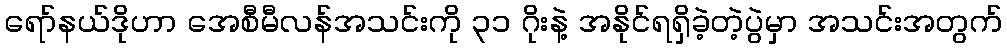
ရော်နယ်ဒိုဟာ အေစီမီလန်အသင်းကို ၃၁ ဂိုးနဲ့ အနိုင်ရရှိခဲ့တဲ့ပွဲမှာ အသင်းအတွက်